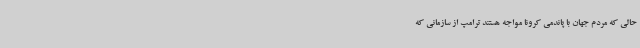
حالی که مردم جهان با پاندمی کرونا مواجه هستند ترامپ از سازمانی که